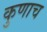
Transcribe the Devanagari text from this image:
कुणाच